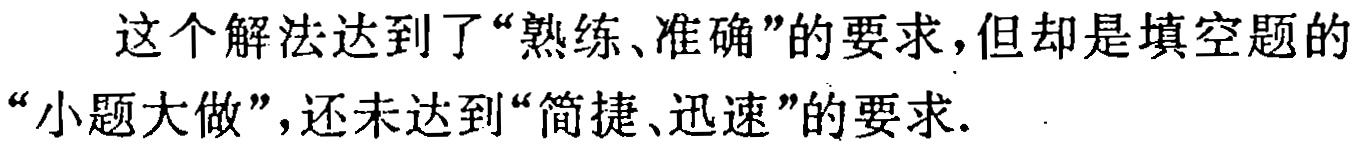
这个解法达到了“熟练、准确”的要求，但却是填空题的“小题大做”，还未达到“简捷、迅速”的要求.